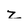
Character: z